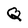
Character: Q